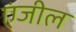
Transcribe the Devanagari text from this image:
एंजील